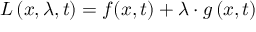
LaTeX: L \left( x , \lambda , t \right) = f ( x , t ) + \lambda \cdot g \left( x , t \right)